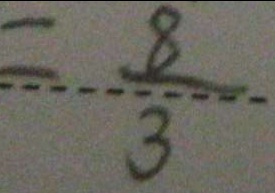
= \frac { 8 } { 3 }